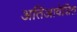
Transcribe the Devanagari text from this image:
अतिआवेशित